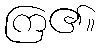
ကြ၏။